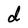
Character: d